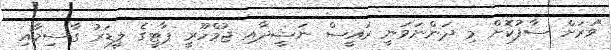
"ވަރަށް ސާފުކޮށް މި ދަންނަވަނީ ރައީސް ނަޝީދާއި ޖުމްހޫރީ ޕާޓީގެ ލީޑަރު ގާސިމާއި